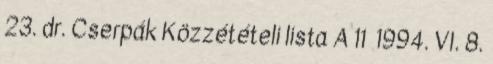
23. dr. Cserpák Közzétételi lista A 11 1994. VI. 8.